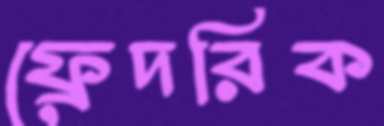
ফ্রেদরিক